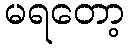
မရတော့